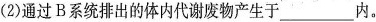
(2)通过B系统排出的体内代谢废物产生于___内。